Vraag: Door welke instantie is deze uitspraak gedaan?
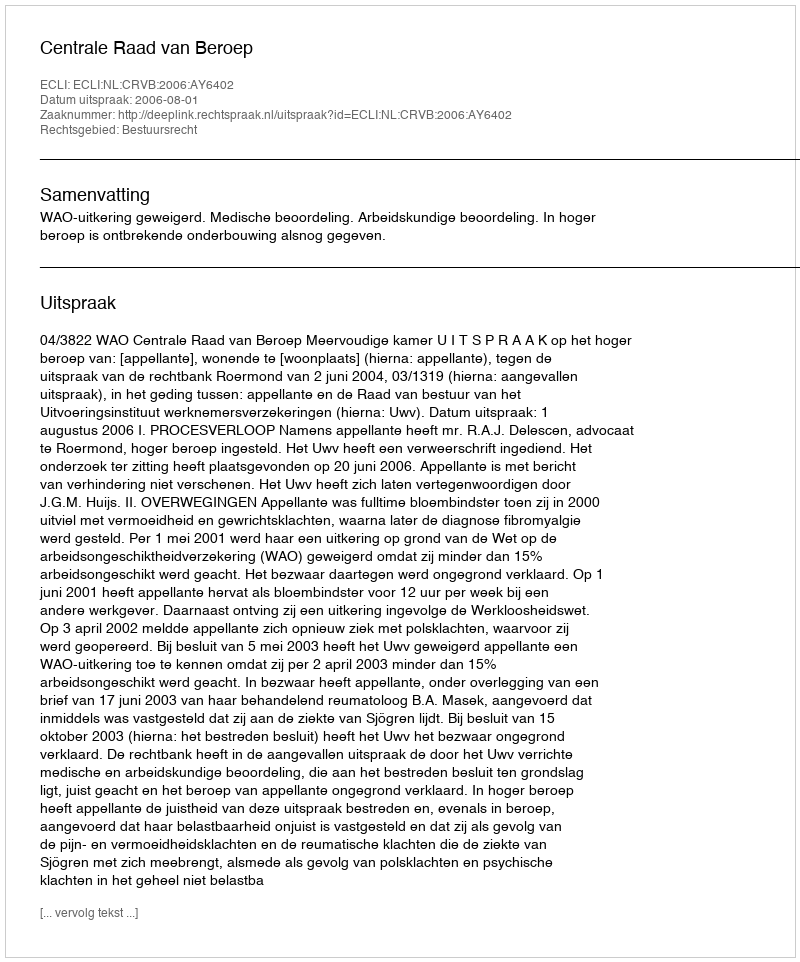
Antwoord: Centrale Raad van Beroep